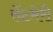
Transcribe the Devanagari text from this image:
सेंटमेरी